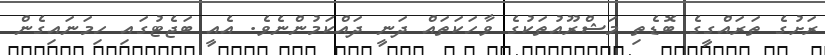
ރަށުގެ ތަރައްގީގެ ބޮޑެތި މަޝްރޫއުތަކުގެ ވާހަކަތައް ދަނީ ދައްކަމުންނެވެ. އެއީ ބަޖެޓުގައި ހިމަނައިގެން